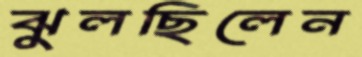
ঝুলছিলেন